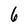
Character: 6